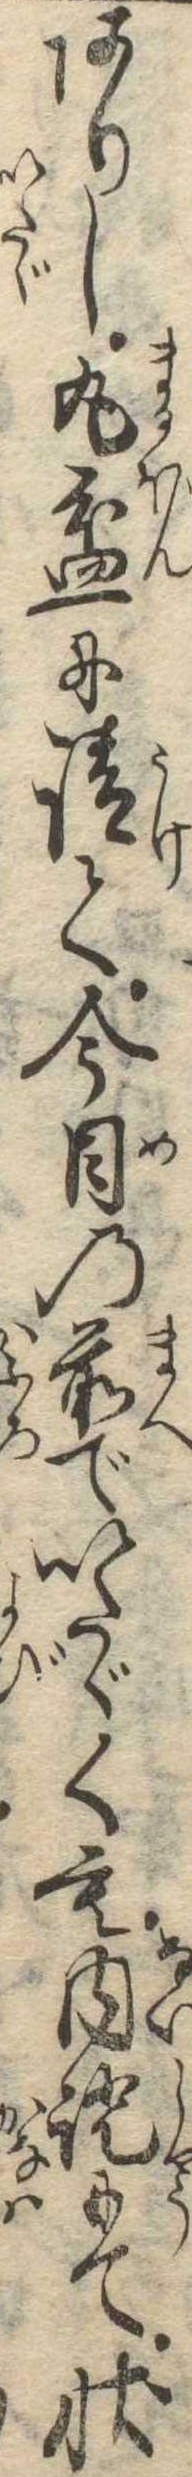
ありし丸盆に請て今目の前でいたゞくも内証にて状